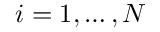
i = 1 , \ldots , N